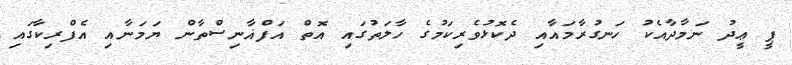
ޕީ ޢީދު ނަމާދާއެކު ހަނގުރާމައާއި ދެކޮޅުވެރިކަމުގެ ހާލަތުގައި އޮތް އަފްޣާނިސްތާން ޔަމަނާއި އެފްރިކާގައި